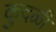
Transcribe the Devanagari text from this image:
कुदळी